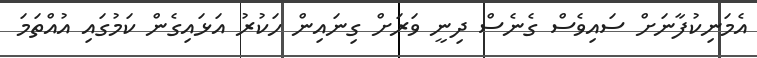
އެމަނިކުފާނަށް ސައިވެސް ގެނެސް ދިނީ ވަރަށް ގިނައިން ހަކުރު އަޅައިގެން ކަމުގައި އުއްތަމަ